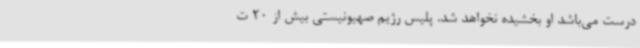
درست می‌باشد او بخشیده نخواهد شد. پلیس رژیم صهیونیستی بیش از 20 ت